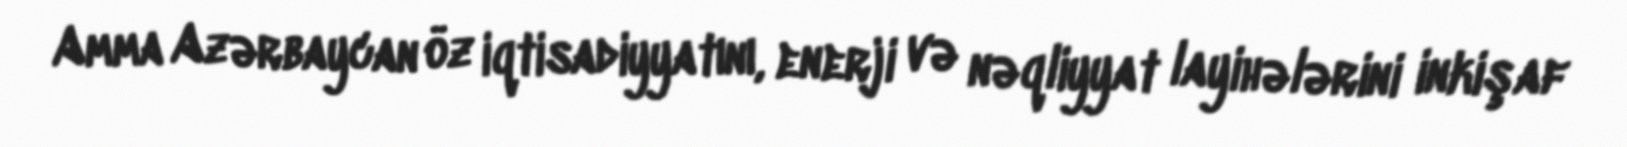
Amma Azərbaycan öz iqtisadiyyatını, enerji və nəqliyyat layihələrini inkişaf